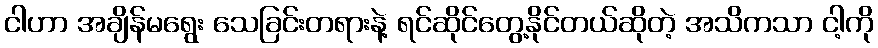
ငါဟာ အချိန်မရွေး သေခြင်းတရားနဲ့ ရင်ဆိုင်တွေ့နိုင်တယ်ဆိုတဲ့ အသိကသာ ငါ့ကို